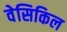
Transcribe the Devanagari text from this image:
वेसिकिल